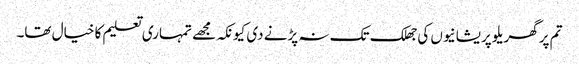
تم پر گھریلو پریشانیوں کی جھلک تک نہ پڑنے دی کیونکہ مجھے تمہاری تعلیم کا خیال تھا۔